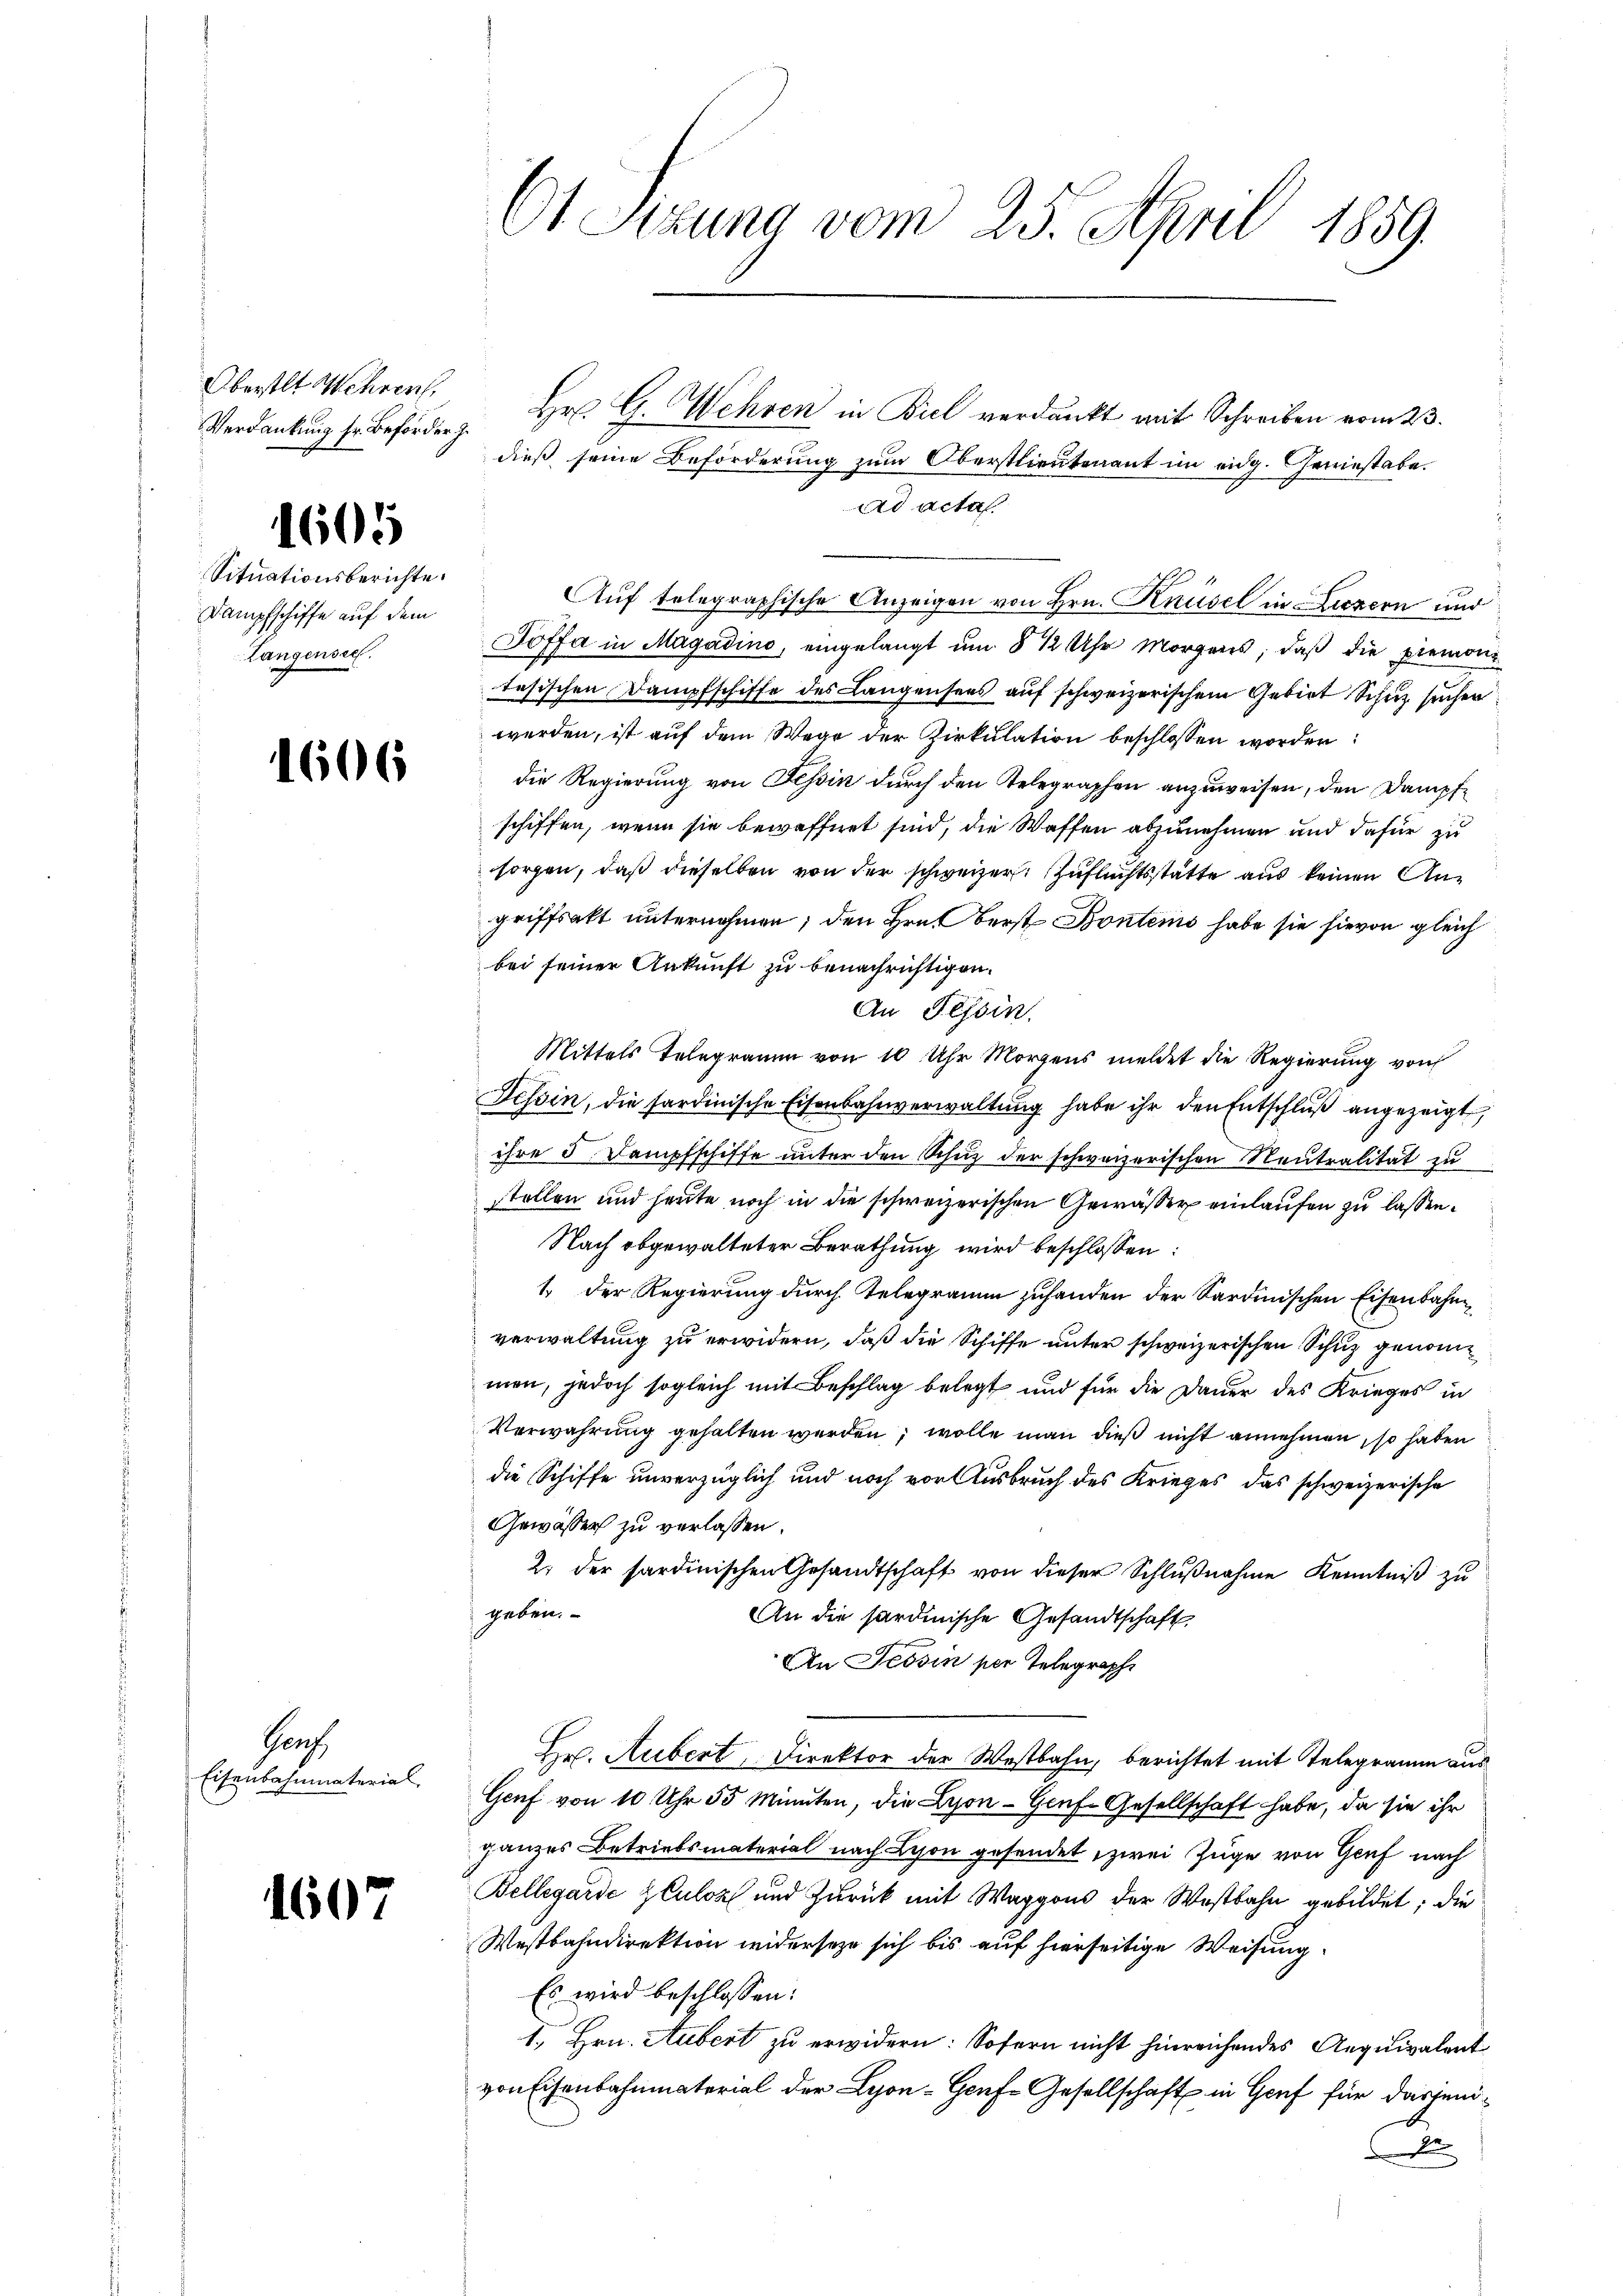
Oberstlt Wehren,
Verdankung sr. Beförder J.

1605

Situationsberichte.
Dampfschiffe auf dem
Langenseel.

1606

Graf
Eisenbahnmaterial

1607

6t Sizung vom 25. April 1859.

Hr. G. Wehren in Biel verdankt mit Schreiben vom 23.
dieß seine Beförderung zum Oberstlieutenant im eidg. Geniestabe.
ad acta.
Auf telegraphische Anzeigen von Hrn. Knüsel in Luzern und
Joffa in Magadino, eingelangt um 8 ½ Uhr Morgens, daß die Piemontesischen Dampfschiffe des Langensees auf schweizerischem Gebiet Schuz suchen
werden, ist auf dem Wege der Zirkulation beschlossen worden:
die Regierung von Tessin durch den Telegraphen anzuweisen, den Dampfe
schiffen, wenn sie bewaffnet sind, die Waffen abzunehmen und dafür zu
sorgen, daß dieselben von der schweizer Zufluchtsstatte aus keinen Angriffsakt unternehmen; den Hrut Berst Bontems habe sie hievon gleich
bei seiner Ankunft zu benachrichtigen.
An Tessin
Mittels Telegramm von 10 Uhr Morgens meldet die Regierung von
Tessin, die sardinische Eisenbahnverwaltung habe ihr den Entschluß angezeigt,
ihre 3 Dampfschiffe unter den Schuz der schweizerischen Neutralität zu
stollen und heute noch in die schweizerischen Gewäßer einlaufen zu lassen.
Nach obgewalteter Berathung wird beschlossen:
1. Der Regierung durch Telegramm zuhanden der Sardinischen Eisenbahnverwaltung zu erwidern, daß die Schiffe unter schweizerischen Schuz genommen, jedoch sogleich mit Beschlag belegt und für die Dauer des Krieges in
Verwahrung gehalten werden; wolle man dieß nicht annehmen, so haben
die Schiffe unverzüglich und noch vor Ausbruch des Krieges das schweizerische
Gewässer zu verlassen.
2. der sardinischen Gesandtschaft von dieser Schlußnahme Kenntniß zu
geben.
An die sardinische Gesandtschaft
An Tessin per Telegraph
Hr. Hubert, Direktor der Westbahn, berichtet mit Telegramm aus
Genf von 10 Uhr 55 Minuten, die Lyon - Genf. Gesellschaft habe, da sie ihr
ganzes Betriebsmaterial nach Lyon gesendet, zwei Zuge von Genf nach
Bellegarde zuloz und zurück mit Waggons der Westbahn gebildet; die
Westbahndirektion widerseze sich bis auf hierseitige Weisung.
Es wird beschlossen:
1., Hrn. Aubert zu erwidern: Sofern nicht hinreichendes Aequivalent
von Eisenbahnmaterial der Lyon-Gonf-Gesellschaft in Genf für dasjenid